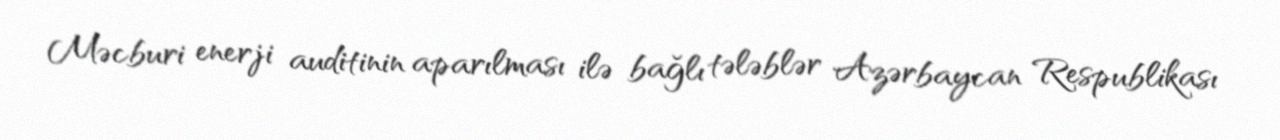
Məcburi enerji auditinin aparılması ilə bağlı tələblər Azərbaycan Respublikası